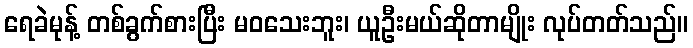
ရေခဲမုန့် တစ်ခွက်စားပြီး မဝသေးဘူး၊ ယူဦးမယ်ဆိုတာမျိုး လုပ်တတ်သည်။